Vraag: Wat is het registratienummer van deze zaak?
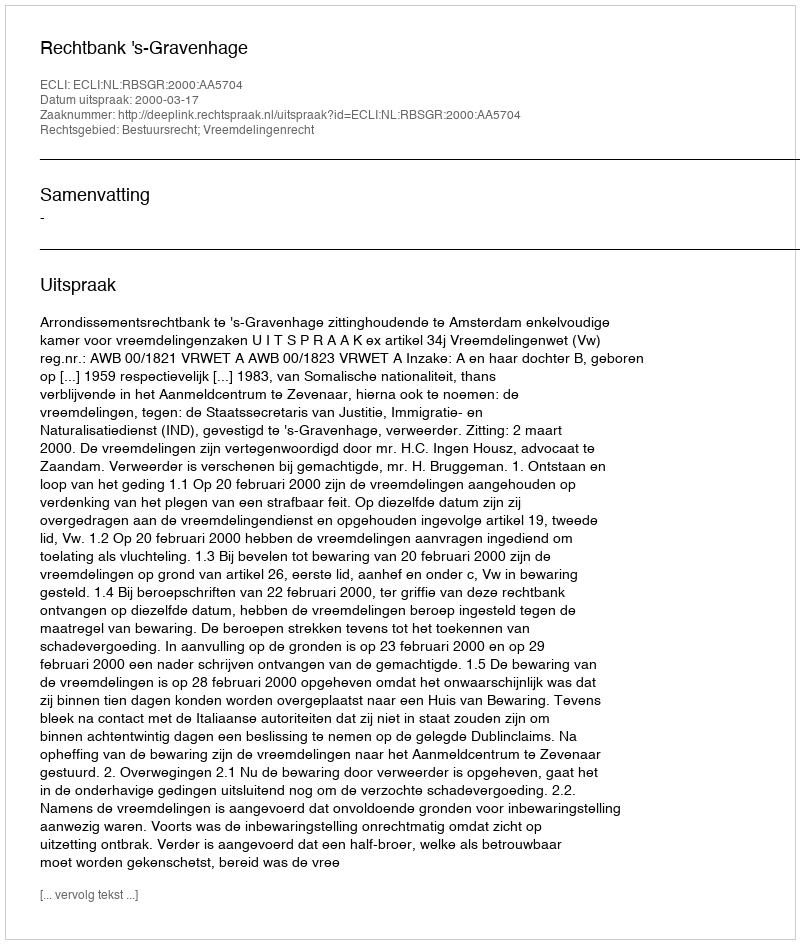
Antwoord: http://deeplink.rechtspraak.nl/uitspraak?id=ECLI:NL:RBSGR:2000:AA5704